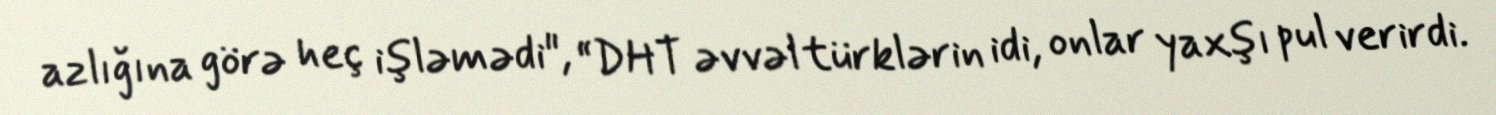
azlığına görə heç işləmədi", “DHT əvvəl türklərin idi, onlar yaxşı pul verirdi.